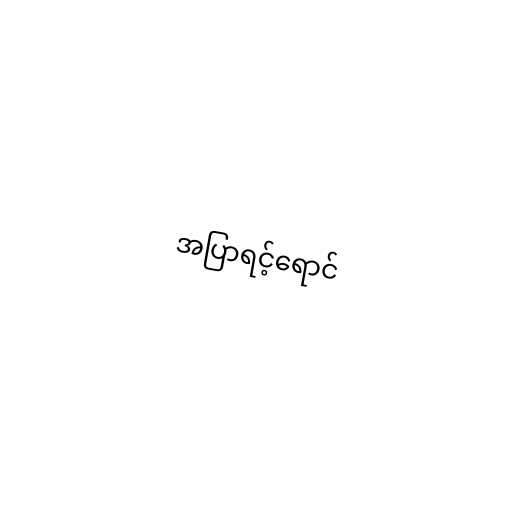
အပြာရင့်ရောင်